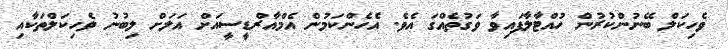
ވެހިކަލް ބޭނުންކުރުން ހުއްޓާލާފައިވާ ވަގުތެއްގަ އެވެ. އެހެންކަމުން އެމްއާރްޑީސީއަށް އަލަށް ލިބުނު ވެހިކަލްތަކާއި